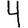
Digit: 4